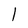
Character: l